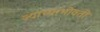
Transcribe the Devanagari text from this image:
ज्याच्याभोवती